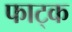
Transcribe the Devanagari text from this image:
फाट्क